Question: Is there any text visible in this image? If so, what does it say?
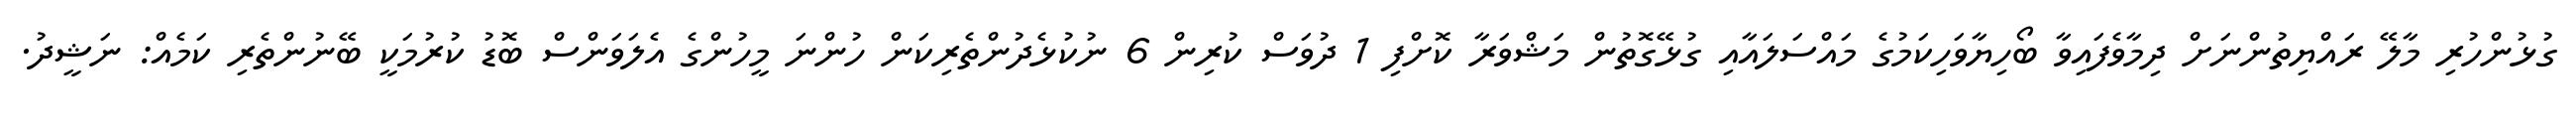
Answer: ގުޅުންހުރި މާލޭ ރައްޔިތުންނަށް ދިމާވެފައިވާ ބޯހިޔާވަހިކަމުގެ މައްސަލައާއި ގުޅޭގޮތުން މަޝްވަރާ ކޮށްފި 1 ދުވަސް ކުރިން 6 ނުކުޅެދުންތެރިކަން ހުންނަ މީހުންގެ އެލަވަންސް ބޮޑު ކުރުމަކީ ބޭނުންތެރި ކަމެއް: ނަޝީދު.